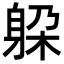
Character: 躱